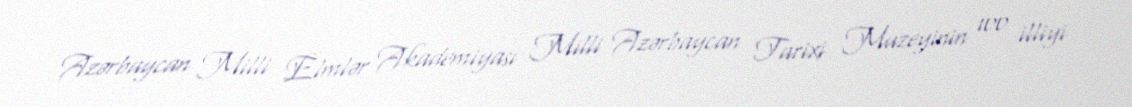
Azərbaycan Milli Elmlər Akademiyası Milli Azərbaycan Tarixi Muzeyinin 100 illiyi